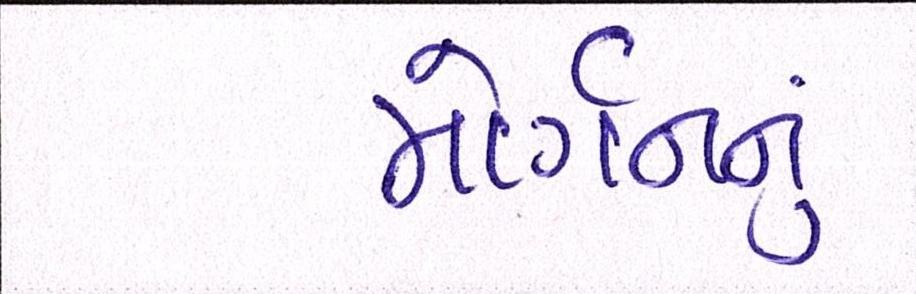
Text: મોર્ગનનું